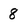
Character: 8